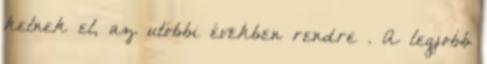
kelnek el, az utóbbi években rendre . A legjobb